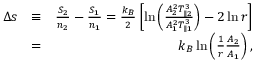
\begin{array} { r l r } { \Delta s } & { \equiv } & { \frac { S _ { 2 } } { n _ { 2 } } - \frac { S _ { 1 } } { n _ { 1 } } = \frac { k _ { B } } { 2 } \left[ \ln \left( \frac { A _ { 2 } ^ { 2 } T _ { \parallel 2 } ^ { 3 } } { A _ { 1 } ^ { 2 } T _ { \parallel 1 } ^ { 3 } } \right) - 2 \ln r \right] } \\ & { = } & { k _ { B } \ln \left( \frac { 1 } { r } \frac { A _ { 2 } } { A _ { 1 } } \right) , } \end{array}